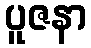
ပူဇနာ